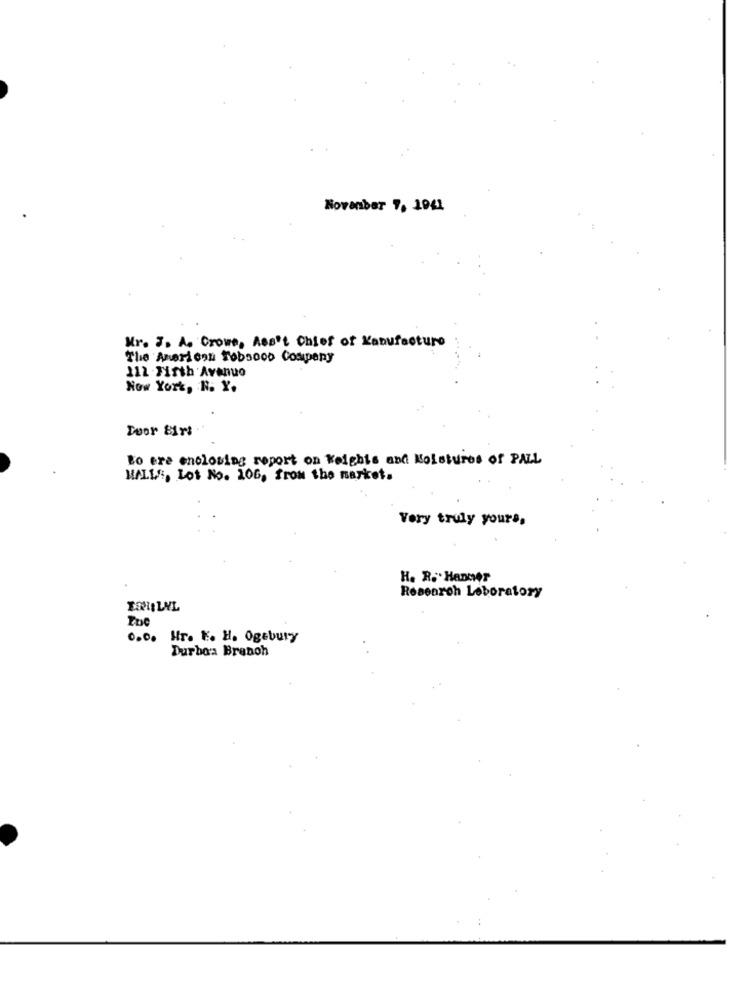
November 7, 1941
Mr. J. A. Crowe, Ass't Chief of Manufacture
The American robsooo Company
112 -Fifth Avenue
Now York, N. Y.
Door Birt
to ere enclosing report on Weights and Moistures of PALL
WALLS, Lot No. 106, from the market.
Very truly yours,
H. R. . Hanmer
Research Laboratory
0.0. Hr. K. H. Ogebury
Durban Branch